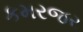
કમરજર